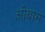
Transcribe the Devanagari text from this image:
ओबाम